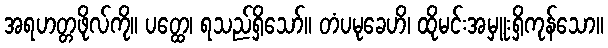
အရဟတ္တဖိုလ်ကို။ ပတ္ထေ၊ ရသည်ရှိသော်။ တံပမုခေဟိ၊ ထိုမင်းအမှူးရှိကုန်သော။